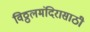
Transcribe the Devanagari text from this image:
विठ्ठलमंदिरासाठी